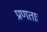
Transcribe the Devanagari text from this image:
प्रणताः